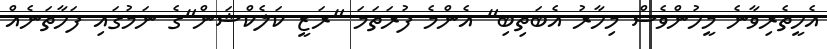
އެހީތެރިވާނެ މީހުންވެސް މިހާރު އެބަތިބި" އެންމެ ފުރަތަމަ "ރަޒީ ކަލެކްޝަން"ގެ ނަމުގައި ފަހާތަނެއް